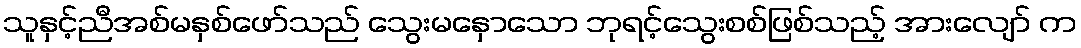
သူနှင့်ညီအစ်မနှစ်ဖော်သည် သွေးမနှောသော ဘုရင့်သွေးစစ်ဖြစ်သည့် အားလျော် က